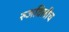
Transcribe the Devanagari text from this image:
रुजविलीच